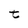
Character: t